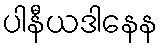
ပါနီယဒါနေန